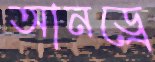
আনড্রে